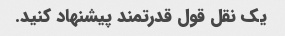
یک نقل قول قدرتمند پیشنهاد کنید.